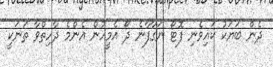
ދެން ބަޔަކު ކައިވެނި ފޮޓޯ ނަގާފާނެ ދޯ އެމީހުން އެންމެ ދާހިތްވާ ތަނަކީ